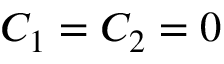
C _ { 1 } = C _ { 2 } = 0